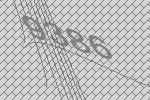
9386